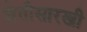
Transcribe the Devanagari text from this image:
शेतीसारखी